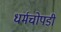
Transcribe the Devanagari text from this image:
धर्मचोपडी